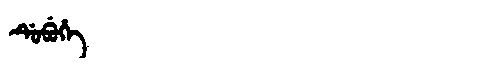
Manchu: ᡩᡠᠪᡠᡥᡝ
Romanization: DUBUHE